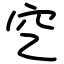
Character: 穵